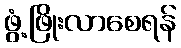
ဖွံ့ဖြိုးလာစေရန်